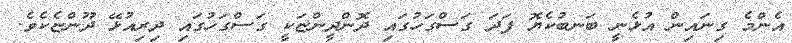
އެންމެ ގިނައިން އުޅެނީ ބަނބުކެޔޮ ފަދަ ގަސްގަހުގައި ދޮންދީންޏަކީ ގަސްގަހުގައި ދިރިއުޅޭ ދޫންޏެކެވެ.